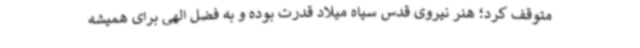
متوقف کرد؛ هنر نیروی قدس سپاه میلاد قدرت بوده و به فضل الهی برای همیشه